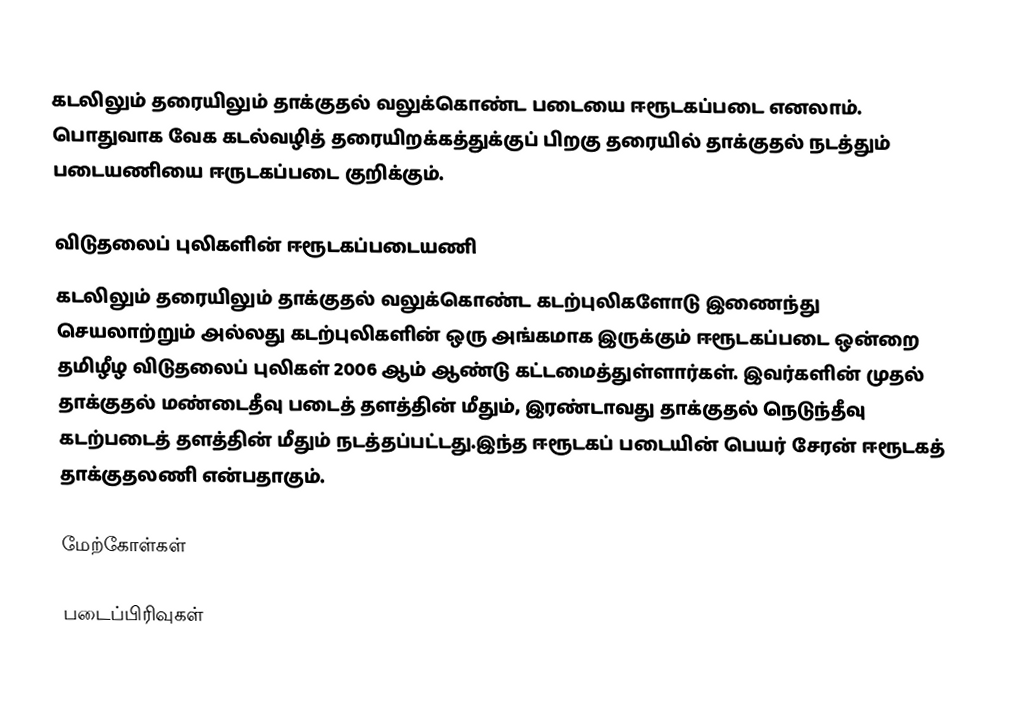
கடலிலும் தரையிலும் தாக்குதல் வலுக்கொண்ட படையை ஈரூடகப்படை எனலாம்.  பொதுவாக வேக கடல்வழித் தரையிறக்கத்துக்குப் பிறகு தரையில் தாக்குதல் நடத்தும் படையணியை ஈருடகப்படை குறிக்கும்.

விடுதலைப் புலிகளின் ஈரூடகப்படையணி
கடலிலும் தரையிலும் தாக்குதல் வலுக்கொண்ட கடற்புலிகளோடு இணைந்து செயலாற்றும் அல்லது கடற்புலிகளின் ஒரு அங்கமாக இருக்கும் ஈரூடகப்படை ஒன்றை தமிழீழ விடுதலைப் புலிகள் 2006  ஆம் ஆண்டு கட்டமைத்துள்ளார்கள்.  இவர்களின் முதல் தாக்குதல் மண்டைதீவு படைத் தளத்தின் மீதும், இரண்டாவது தாக்குதல் நெடுந்தீவு கடற்படைத் தளத்தின் மீதும் நடத்தப்பட்டது.இந்த ஈரூடகப் படையின் பெயர் சேரன் ஈரூடகத் தாக்குதலணி என்பதாகும்.

மேற்கோள்கள்

படைப்பிரிவுகள்